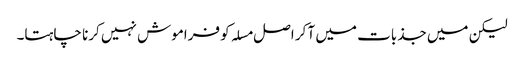
لیکن میں جذبات میں آ کر اصل مسلہ کو فراموش نہیں کرنا چاہتا۔